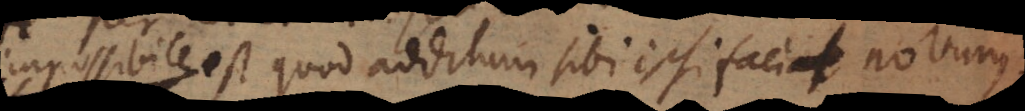
impossibile est quod additum sibi ipsi facit novum